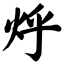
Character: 烀